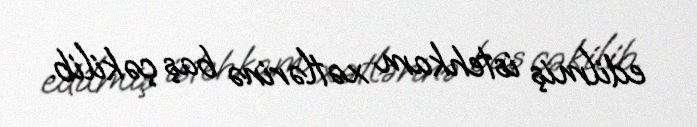
edilmiş istehkam xətlərinə baş çəkilib.